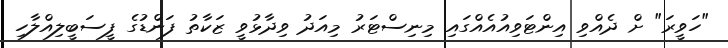
"ހަވީރަ" ށް ދެއްވި އިންޓަވިއުއެއްގައި މިނިސްޓަރު މިއަދު ވިދާޅުވީ ޒަކާތު ފަންޑުގެ ފީސަބީލިއްލާހި